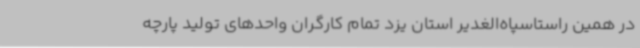
در همین راستاسپاه‌الغدیر استان یزد تمام کارگران واحدهای تولید پارچه